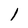
Character: 1